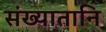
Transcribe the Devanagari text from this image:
संख्यातानि